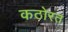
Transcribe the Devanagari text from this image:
कठोरत